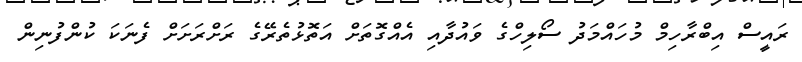
ރައީސް އިބްރާހިމް މުހައްމަދު ސޯލިހްގެ ވައުދާއި އެއްގޮތަށް އަތޮޅުތެރޭގެ ރަށްރަށަށް ފެނަކަ ކުންފުނިން